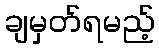
ချမှတ်ရမည့်